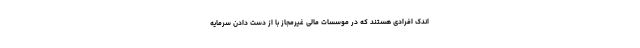
اندک افرادی هستند که در موسسات مالی غیرمجاز با از دست دادن سرمایه